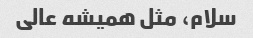
سلام، مثل همیشه عالی